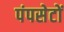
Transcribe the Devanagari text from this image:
पंपसेटों